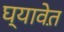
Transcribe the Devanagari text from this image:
घ्यावेत़